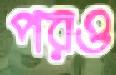
পরও